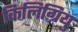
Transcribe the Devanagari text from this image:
किलिग्रियु